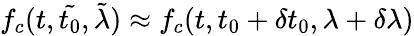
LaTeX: \begin{array}{r}{f_{c}(t,\tilde{t_{0}},\tilde{\lambda})\approx f_{c}(t,t_{0}+\delta t_{0},\lambda+\delta\lambda)}\end{array}